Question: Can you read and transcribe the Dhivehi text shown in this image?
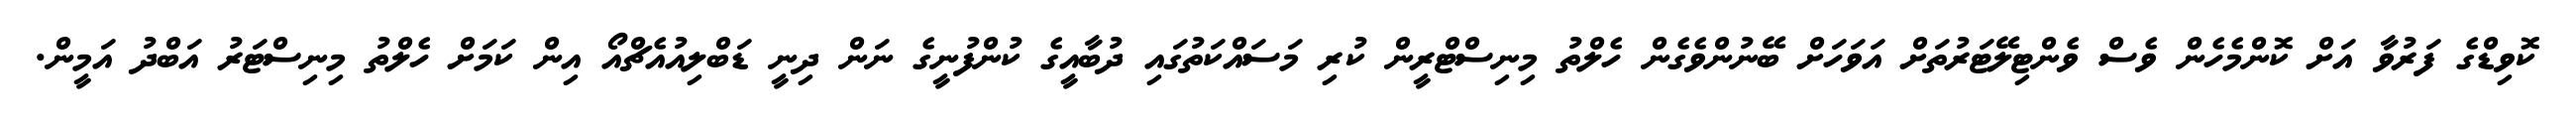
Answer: ކޮވިޑްގެ ފަރުވާ އަށް ކޮންމެހެން ވެސް ވެންޓިލޭޓަރުތަށް އަވަހަށް ބޭނުންވެގެން ހެލްތު މިނިސްޓްރީން ކުރި މަސައްކަތުގައި ދުބާއީގެ ކުންފުނީގެ ނަން ދިނީ ޑަބްލިއުއެޗްއޯ އިން ކަމަށް ހެލްތު މިނިސްޓަރު އަބްދު އަމީން.